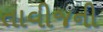
તાવીજની